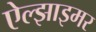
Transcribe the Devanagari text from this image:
ऐल्झाइमर